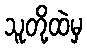
သူတို့ထဲမှ